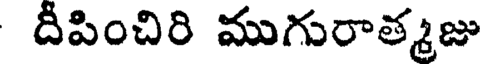
దీపించిరి ముగురాత్మజు